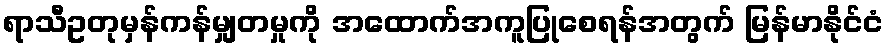
ရာသီဥတုမှန်ကန်မျှတမှုကို အထောက်အကူပြုစေရန်အတွက် မြန်မာနိုင်ငံ